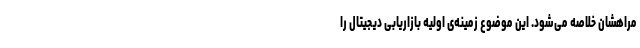
مراهشان خلاصه می‌شود. این موضوع زمینه‌ی اولیه بازاریابی دیجیتال را